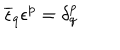
\overline { { { \epsilon } } } _ { q } \epsilon ^ { p } = \delta _ { q } ^ { p }